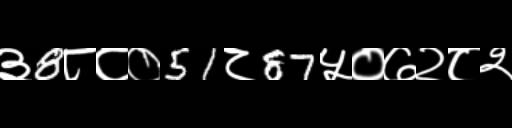
Text: ३8८८०51८87५०७२८२